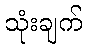
သုံးချက်